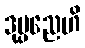
ဒုပ္ပညေဟိ